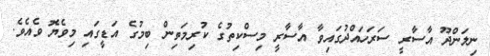
ނިލަންދޫ އާސާރީ ސަރަހައްދުގައިވާ އާސާރީ މިސްކިތުގެ ކުރިމަތިން ބިމުގެ އަޑީގައި މިވެޔޮ ވެއެވެ.